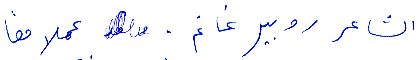
الشاعر روبير غانم. عملا معًا